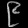
Digit: ၉